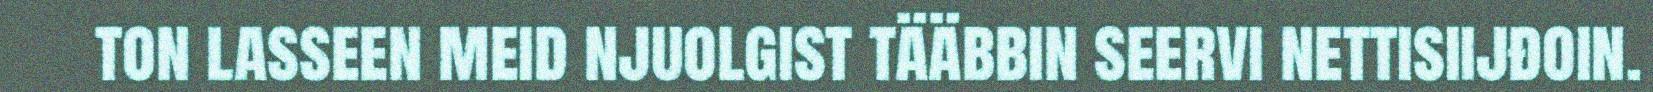
ton lasseen meid njuolgist tääbbin seervi nettisiijđoin.